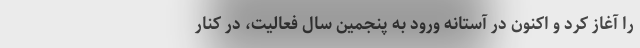
را آغاز کرد و اکنون در آستانه ورود به پنجمین سال فعالیت، در کنار